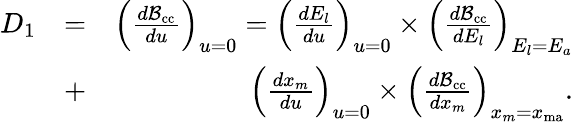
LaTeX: \begin{array}{rlr}{D_{1}}&{=}&{\left(\frac{d{\cal B}_{\mathrm{cc}}}{du}\right)_{{u=0}}=\left(\frac{dE_{l}}{du}\right)_{{u=0}}\times\left(\frac{d{\cal B}_{\mathrm{cc}}}{dE_{l}}\right)_{E_{l}=E_{a}}}\\ &{+}&{\left(\frac{dx_{m}}{du}\right)_{{u=0}}\times\left(\frac{d{\cal B}_{\mathrm{cc}}}{dx_{m}}\right)_{x_{m}=x_{\mathrm{ma}}}.}\end{array}